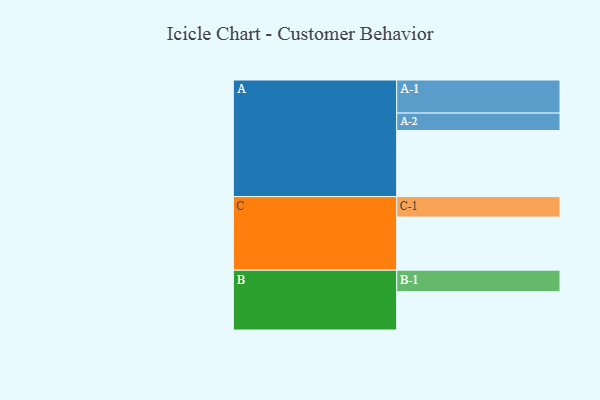
{"axis": {"x": "Segment", "y": "Value"}, "legend": ["", "A", "B", "C"], "data": [{"x": "A", "y": 561, "type": ""}, {"x": "B", "y": 325, "type": ""}, {"x": "C", "y": 451, "type": ""}, {"x": "A-1", "y": 281, "type": "A"}, {"x": "A-2", "y": 148, "type": "A"}, {"x": "B-1", "y": 183, "type": "B"}, {"x": "C-1", "y": 174, "type": "C"}]}